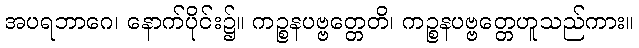
အပရဘာဂေ၊ နောက်ပိုင်း၌။ ကဉ္စနပဗ္ဗတ္တေတိ၊ ကဉ္စနပဗ္ဗတ္တေဟူသည်ကား။